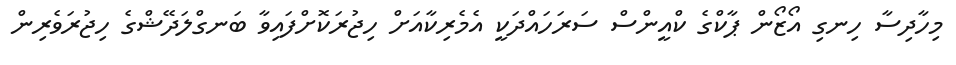
މިހާދިސާ ހިނގި އޯޒޯން ޕާކްގެ ކްއީންސް ސަރަހައްދަކީ އެމެރިކާއަށް ހިޖުރަކޮށްފައިވާ ބަނގްލަދޭޝްގެ ހިޖުރަވެރިން